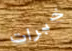
خبرات